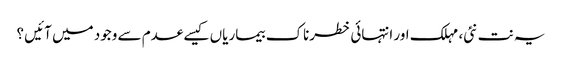
یہ نت نئی، مہلک اور انتہائی خطرناک بیماریاں کیسے عدم سے وجود میں آئیں ؟